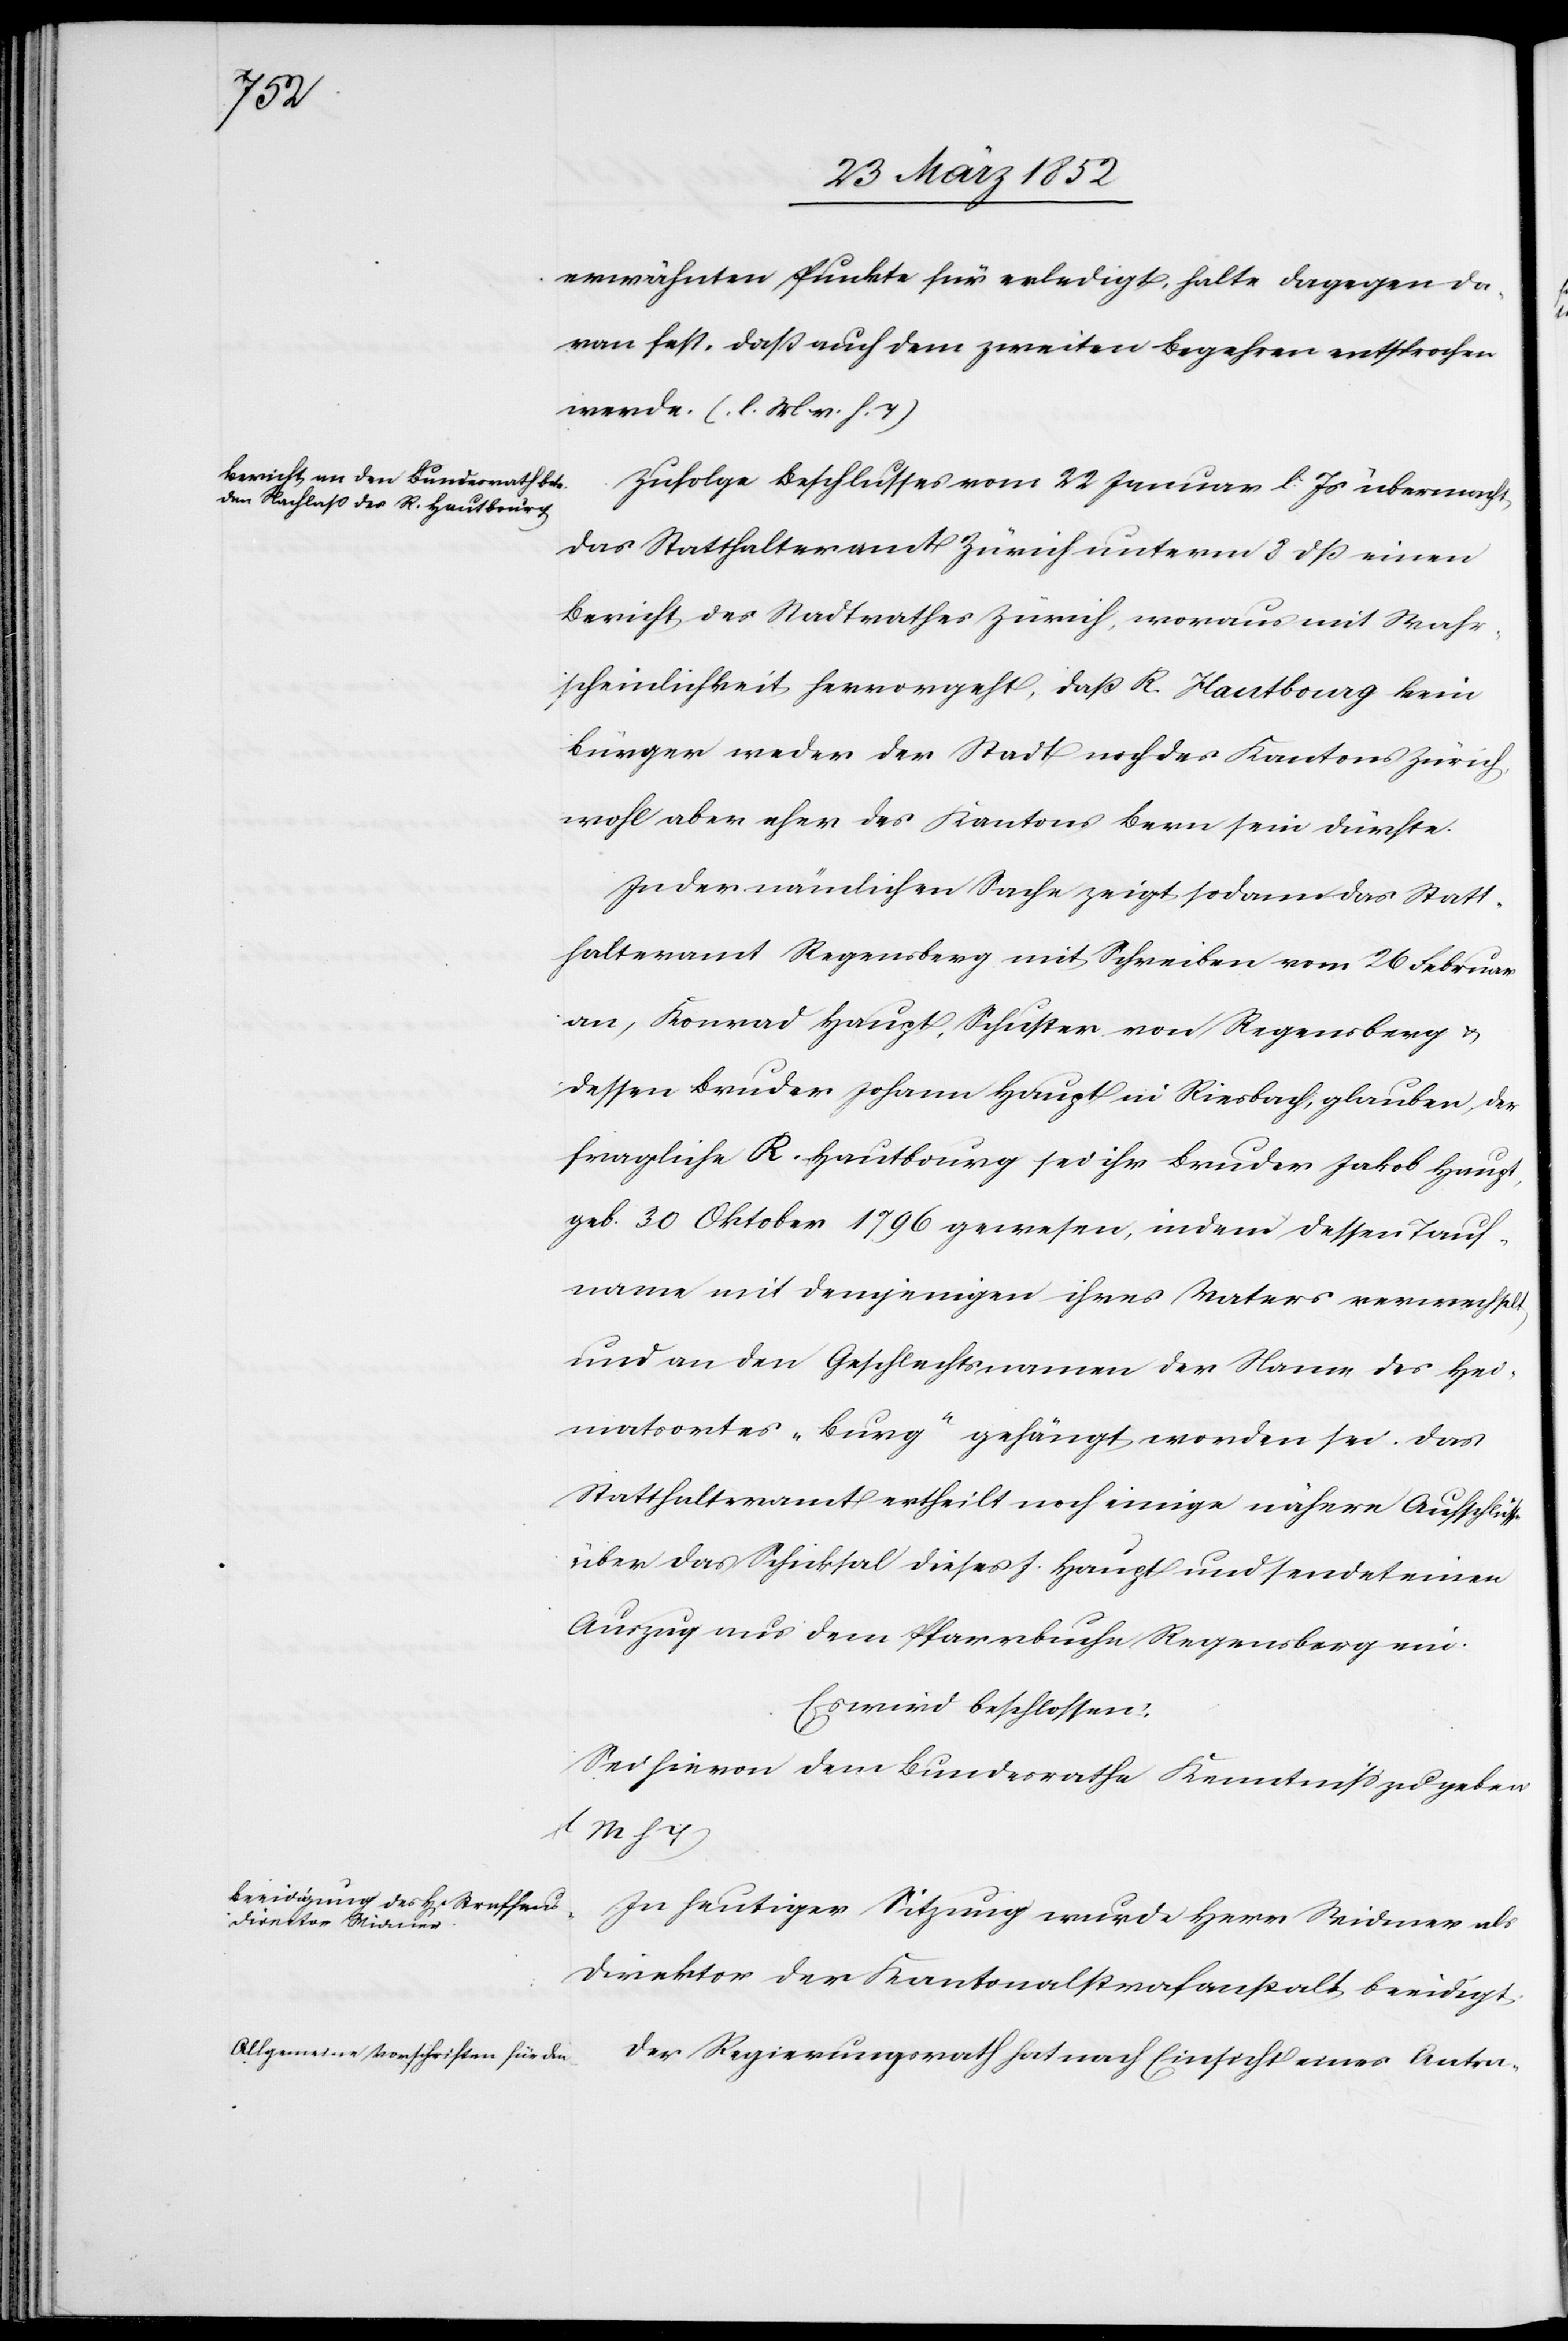
sse

erwähnten Punkte für erledigt, halte dagegen fe¬
werde. (l. M. v. h. T)
Zufolge Beschlusses vom 22 Januar l. Js übermacht
das Statthalteramt Zürich unterm 8 dß einen
Bericht des Stadtrathes Zürich, woraus mit Wahr¬
scheinlichkeit hervorgeht, daß R. Hautbourg kein
Bürger weder der Stadt noch des Kantons Zürich,
wohl aber eher des Kantons Bern sein dürfte.
In der nämlichen Sache zeigt sodann das Statt¬
halteramt Regensperg mit Schreiben vom 26 Februar
an, Konrad Haupt, Schuster von Regensberg u.
dessen Bruder Johann Haupt in Riesbach, glauben der
fragliche R. Hautbourg sei ihr Bruder Jakob Haupt,
geb. 30 Oktober 1796 gewesene, indem dessen Tauf¬
name mit demjenigen ihres Vaters verwechselt
und an den Geschlechtsnamen der Name des Hei¬
matsortes „Burg“ gehängt worden sei. Das
Statthalteramt ertheilt noch einige nähere Aufschlü¬
über das Schicksal dieses J. Haupt und sendet einen
Auszug aus dem Pfarrbuche Regensberg ein.
Es wird beschlossen:
Sei hievon dem Bundesrathe Kenntniß zu geben.
M h T)
In heutiger Sitzung wurde Herr Widmer als
Direktor der Kantonalstrafanstalt beeidigt.
Der Regierungsrath hat nach Einsprache eines Antra-